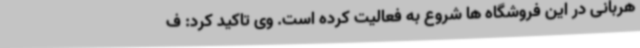
هربانی در این فروشگاه ها شروع به فعالیت کرده است. وی تاکید کرد: ف